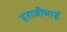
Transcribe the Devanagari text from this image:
हराजीभाई